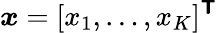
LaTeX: \boldsymbol{x}=[x_{1},\ldots,x_{K}]^{\boldsymbol{\mathsf{T}}}